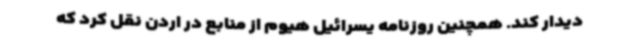
دیدار کند. همچنین روزنامه یسرائیل هیوم از منابع در اردن نقل کرد که